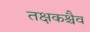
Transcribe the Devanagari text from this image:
तक्षकश्चैव